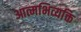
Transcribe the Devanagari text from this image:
आत्मभिव्यक्ति